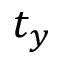
t _ { y }